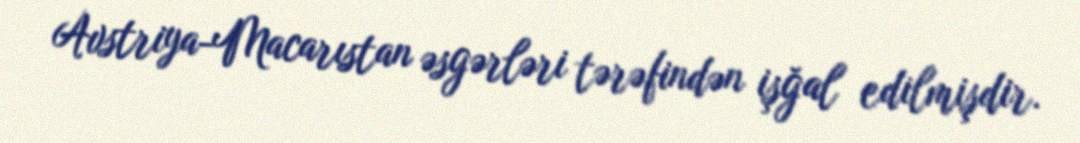
Avstriya-Macarıstan əsgərləri tərəfindən işğal edilmişdir.